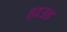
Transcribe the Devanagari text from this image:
हाउड